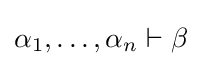
\alpha _{1},\ldots ,\alpha _{n}\vdash \beta